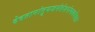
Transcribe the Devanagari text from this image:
देवतानांतुयजनंतंशपंत्यथदेवताः